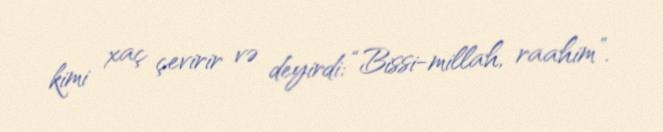
kimi xaç çevirir və deyirdi: “Bissi-millah, raahim”.